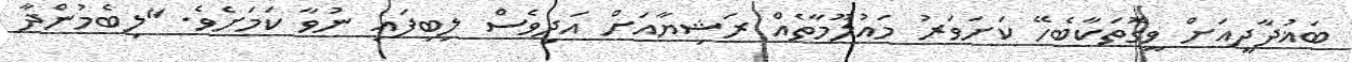
ބަޣުދާދީއަށް ވީގޮތަކާބެހޭ ކަށަވަރު މައުލޫމާތެއް ރަޝިޔާއަށް އަދިވެސް ލިބިފައި ނުވާ ކަމަށެވެ. "ލިބެމުންދާ